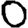
Digit: 0